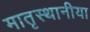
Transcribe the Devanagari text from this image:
मातृस्थानीया